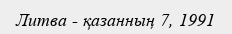
Литва - қазанның 7, 1991